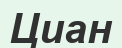
Циан